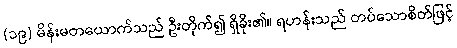
(၁၉) မိန်းမတယောက်သည် ဦးတိုက်၍ ရှိခိုး၏။ ရဟန်းသည် တပ်သောစိတ်ဖြင့်